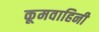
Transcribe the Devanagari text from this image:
कूमवाहिनी